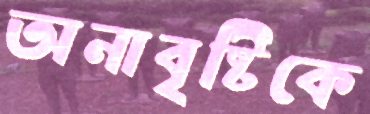
অনাবৃষ্টিকে